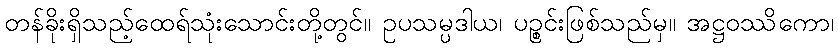
တန်ခိုးရှိသည့်ထေရ်သုံးသောင်းတို့တွင်။ ဥပသမ္ပဒါယ၊ ပဉ္စင်းဖြစ်သည်မှ။ အဋ္ဌဝဿိကော၊